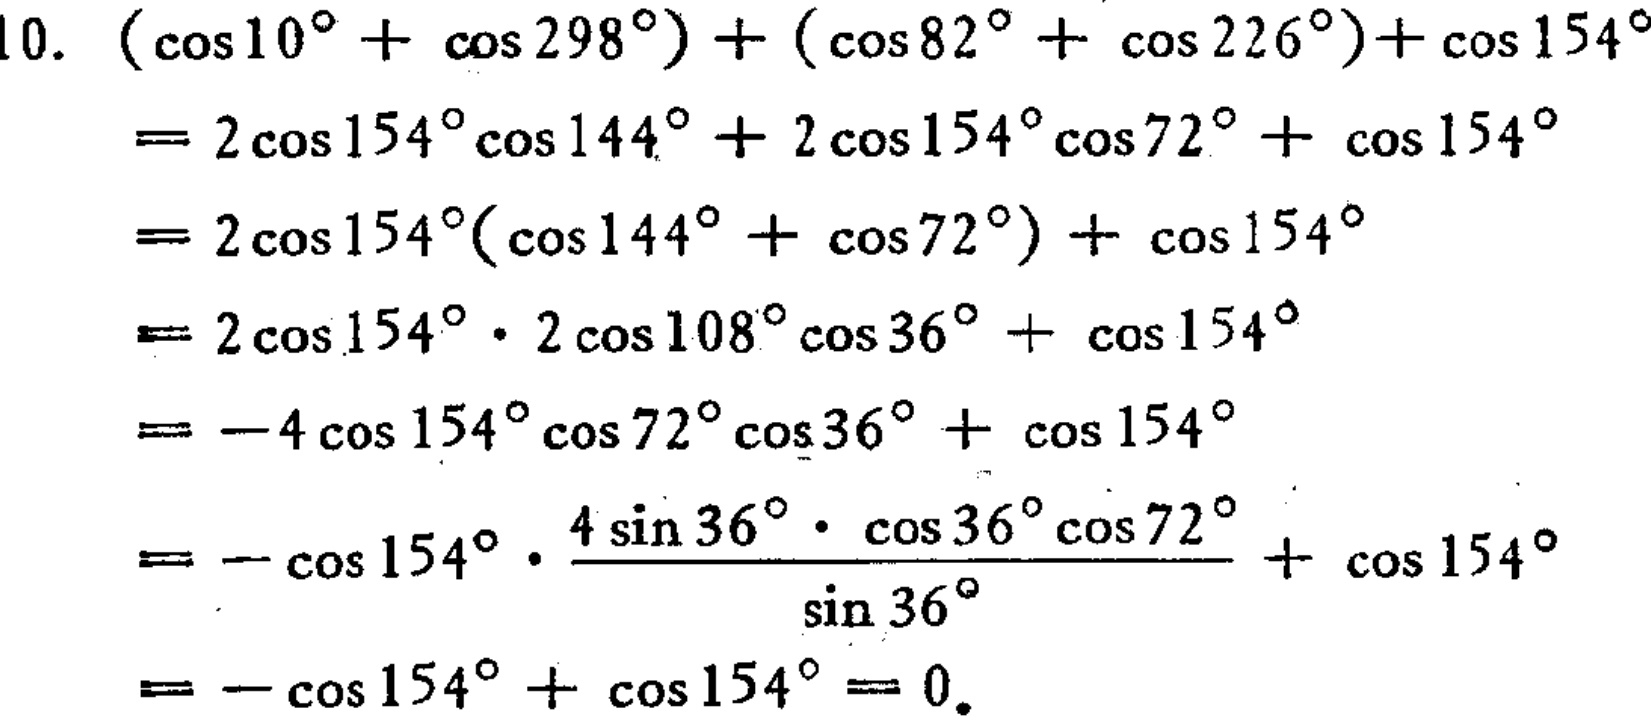
10. \((\cos10^{\circ}+\cos298^{\circ})+(\cos82^{\circ}+\cos226^{\circ})+\cos154^{\circ}\)

\(=2\cos154^{\circ}\cos144^{\circ}+2\cos154^{\circ}\cos72^{\circ}+\cos154^{\circ}\)

\(=2\cos154^{\circ}(\cos144^{\circ}+\cos72^{\circ})+\cos154^{\circ}\)

\(=2\cos154^{\circ}\cdot2\cos108^{\circ}\cos36^{\circ}+\cos154^{\circ}\)

\(=-4\cos154^{\circ}\cos72^{\circ}\cos36^{\circ}+\cos154^{\circ}\)

\(=-\cos154^{\circ}\cdot\frac{4\sin36^{\circ}\cdot\cos36^{\circ}\cos72^{\circ}}{\sin36^{\circ}}+\cos154^{\circ}\)

\(=-\cos154^{\circ}+\cos154^{\circ}=0\)